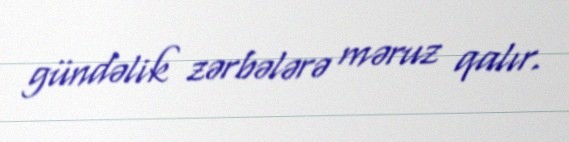
gündəlik zərbələrə məruz qalır.